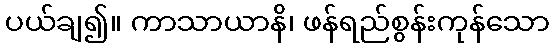
ပယ်ချ၍။ ကာသာယာနိ၊ ဖန်ရည်စွန်းကုန်သော